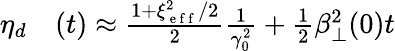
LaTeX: \begin{array}{rl}{\eta_{d}}&{{}(t)\approx\frac{1+\xi_{\mathrm{~e~f~f~}}^{2}/2}{2}\frac{1}{\gamma_{0}^{2}}+\frac{1}{2}\beta_{\perp}^{2}(0)t}\end{array}